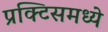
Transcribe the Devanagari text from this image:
प्रक्टिसमध्ये